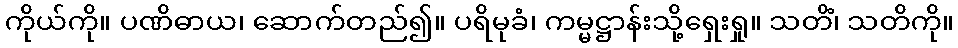
ကိုယ်ကို။ ပဏိဓာယ၊ ဆောက်တည်၍။ ပရိမုခံ၊ ကမ္မဋ္ဌာန်းသို့ရှေးရှု။ သတိံ၊ သတိကို။